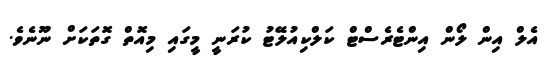
އެލް އިން ލޯން އިންޓެރެސްޓް ކަލްކިއުލޭޓު ކުރަނީ މީގައި މިއޮތް ގޮތަކަށް ނޫނެވެ.